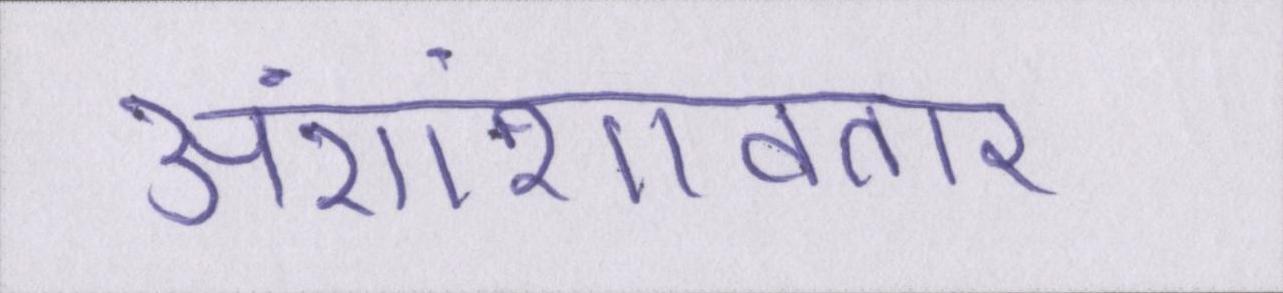
अंशांशावतार